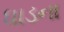
ધાડના